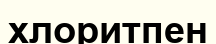
хлоритпен